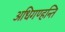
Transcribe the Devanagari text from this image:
अधिगण्हन्ति